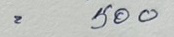
= 500